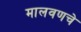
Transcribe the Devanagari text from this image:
मालवणचे